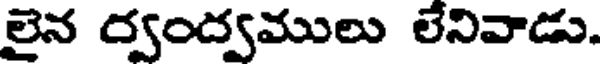
లైన ర్వంద్వములు లేనివాడు.